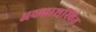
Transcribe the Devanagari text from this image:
अवकाशस्थित